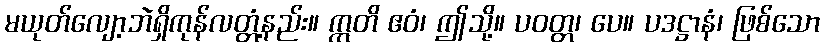
မယုတ်လျော့ဘဲရှိကုန်လတ္တံ့နည်း။ ဣတိ ဧဝံ၊ ဤသို့။ ပဝတ္တ၊ ပေ။ ပဒဋ္ဌာနံ၊ ဖြစ်သော